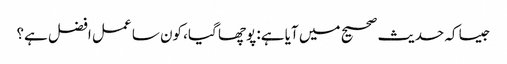
جیسا کہ حدیث صحیح میں آیا ہے: پوچھا گیا، کون سا عمل افضل ہے؟